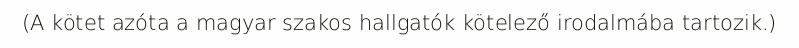
(A kötet azóta a magyar szakos hallgatók kötelező irodalmába tartozik.)